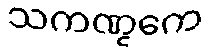
သကဏ္ဋကေ